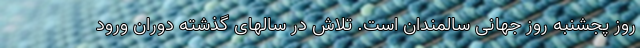
روز پجشنبه روز جهانی سالمندان است. تلاش در سالهای گذشته دوران ورود